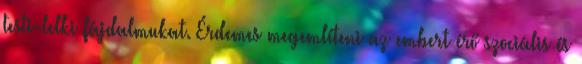
testi-lelki fájdalmukat. Érdemes megemlíteni az embert érő szociális és